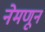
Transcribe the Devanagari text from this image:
नेमणून